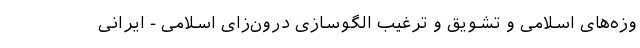
وزه­های اسلامی و تشویق و ترغیب الگوسازی درون‌زای اسلامی - ایرانی